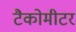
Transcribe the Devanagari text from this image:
टैकोमीटर